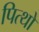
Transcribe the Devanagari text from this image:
पित्थो